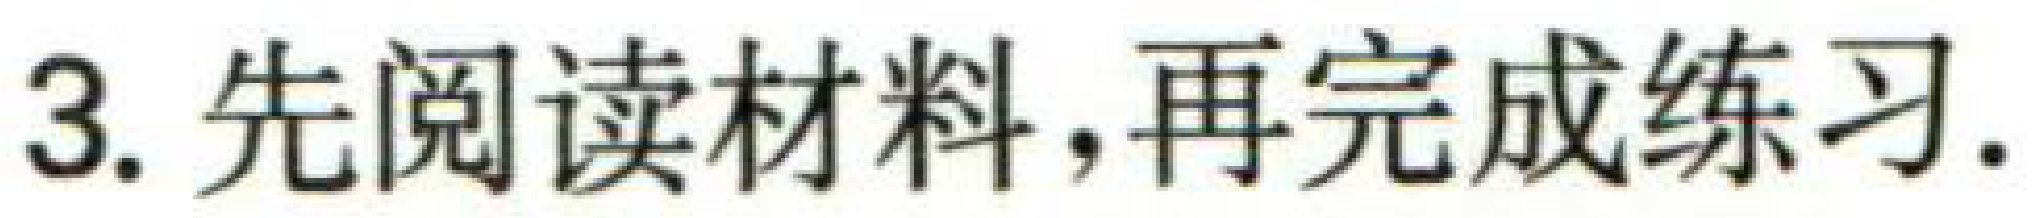
3. 先阅读材料,再完成练习.